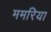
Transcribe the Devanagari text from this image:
ममरिया